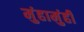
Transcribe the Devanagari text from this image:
मुंहामुंही